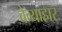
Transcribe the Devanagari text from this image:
वेव्याहार